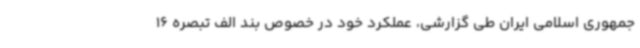
جمهوری اسلامی ایران طی گزارشی، عملکرد خود در خصوص بند الف تبصره 16